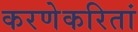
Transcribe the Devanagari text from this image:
करणेकरितां